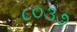
૮૦૩૭